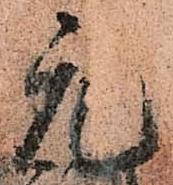
元